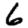
Digit: 6